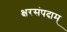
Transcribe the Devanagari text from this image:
क्षरसंपदाम्